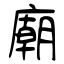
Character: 廟